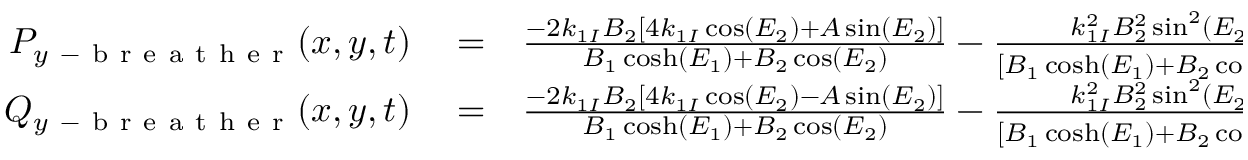
\begin{array} { r l r } { P _ { y \mathrm { ~ - ~ b ~ r ~ e ~ a ~ t ~ h ~ e ~ r ~ } } ( x , y , t ) } & { { } = } & { \frac { - 2 k _ { 1 I } B _ { 2 } \left[ 4 k _ { 1 I } \cos ( E _ { 2 } ) + A \sin ( E _ { 2 } ) \right] } { B _ { 1 } \cosh ( E _ { 1 } ) + B _ { 2 } \cos ( E _ { 2 } ) } - \frac { k _ { 1 I } ^ { 2 } B _ { 2 } ^ { 2 } \sin ^ { 2 } ( E _ { 2 } ) } { \left[ B _ { 1 } \cosh ( E _ { 1 } ) + B _ { 2 } \cos ( E _ { 2 } ) \right] ^ { 2 } } , \quad } \\ { Q _ { y \mathrm { ~ - ~ b ~ r ~ e ~ a ~ t ~ h ~ e ~ r ~ } } ( x , y , t ) } & { { } = } & { \frac { - 2 k _ { 1 I } B _ { 2 } \left[ 4 k _ { 1 I } \cos ( E _ { 2 } ) - A \sin ( E _ { 2 } ) \right] } { B _ { 1 } \cosh ( E _ { 1 } ) + B _ { 2 } \cos ( E _ { 2 } ) } - \frac { k _ { 1 I } ^ { 2 } B _ { 2 } ^ { 2 } \sin ^ { 2 } ( E _ { 2 } ) } { \left[ B _ { 1 } \cosh ( E _ { 1 } ) + B _ { 2 } \cos ( E _ { 2 } ) \right] ^ { 2 } } . \quad } \end{array}